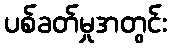
ပစ်ခတ်မှုအတွင်း